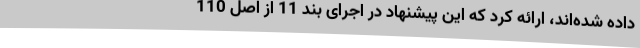
داده شده‌اند، ارائه کرد که این پیشنهاد در اجرای بند 11 از اصل 110